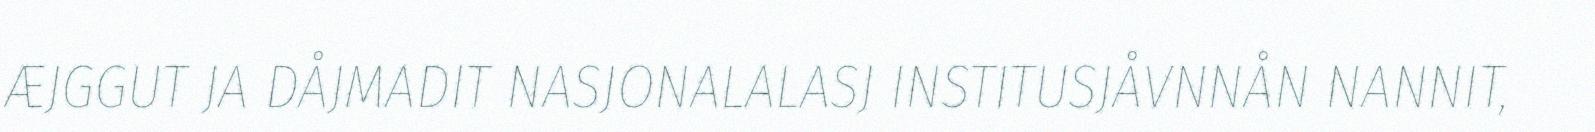
ÆJGGUT JA DÅJMADIT NASJONALALASJ INSTITUSJÅVNNÅN NANNIT,